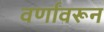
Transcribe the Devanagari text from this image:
वर्णांवरून